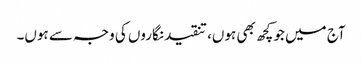
آج میں جو کچھ بھی ہوں، تنقید نگاروں کی وجہ سے ہوں۔